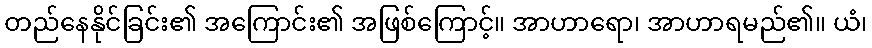
တည်နေနိုင်ခြင်း၏ အကြောင်း၏ အဖြစ်ကြောင့်။ အာဟာရော၊ အာဟာရမည်၏။ ယံ၊